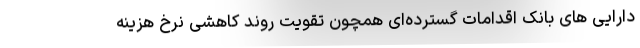
دارایی های بانک اقدامات گسترده‌ای همچون تقویت روند کاهشی نرخ هزینه